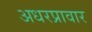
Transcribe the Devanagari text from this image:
अधरप्रावार